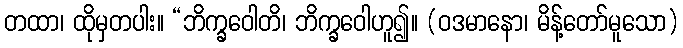
တထာ၊ ထိုမှတပါး။ “ဘိက္ခဝေါတိ၊ ဘိက္ခဝေါဟူ၍။ (ဝဒမာနော၊ မိန့်တော်မူသော)